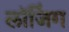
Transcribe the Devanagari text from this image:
लॉजिंग